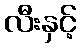
လီးနှင့်